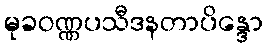
မုခဝဏ္ဏပသီဒနတာပိန္ဒော